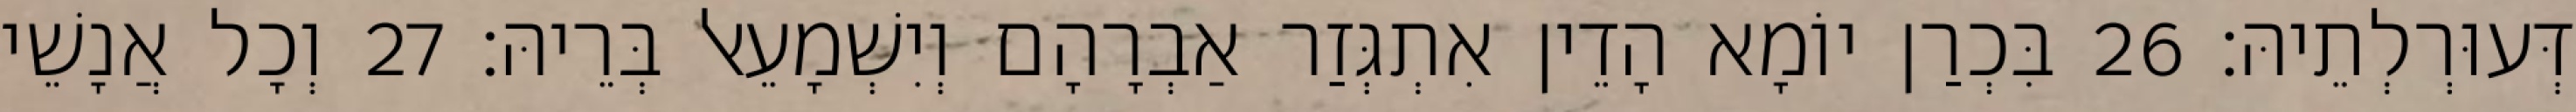
דְּעוּרְלְתֵיהּ׃ 26 בִּכְרַן יוֹמָא הָדֵין אִתְגְּזַר אַבְרָהָם וְיִשְׁמָעֵאל בְּרֵיהּ׃ 27 וְכָל אֲנָשֵׁי